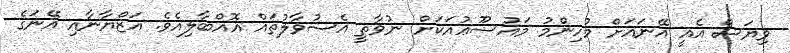
ވިޔަސް އެއީ އޭނައަށް މުހިންމު މައުޟޫޢުއަކަށް ނުވާތީ އެސުވާލުތައް އޮއްބާލިއެވެ. އަޒްޔާނާއި އޭނަގެ